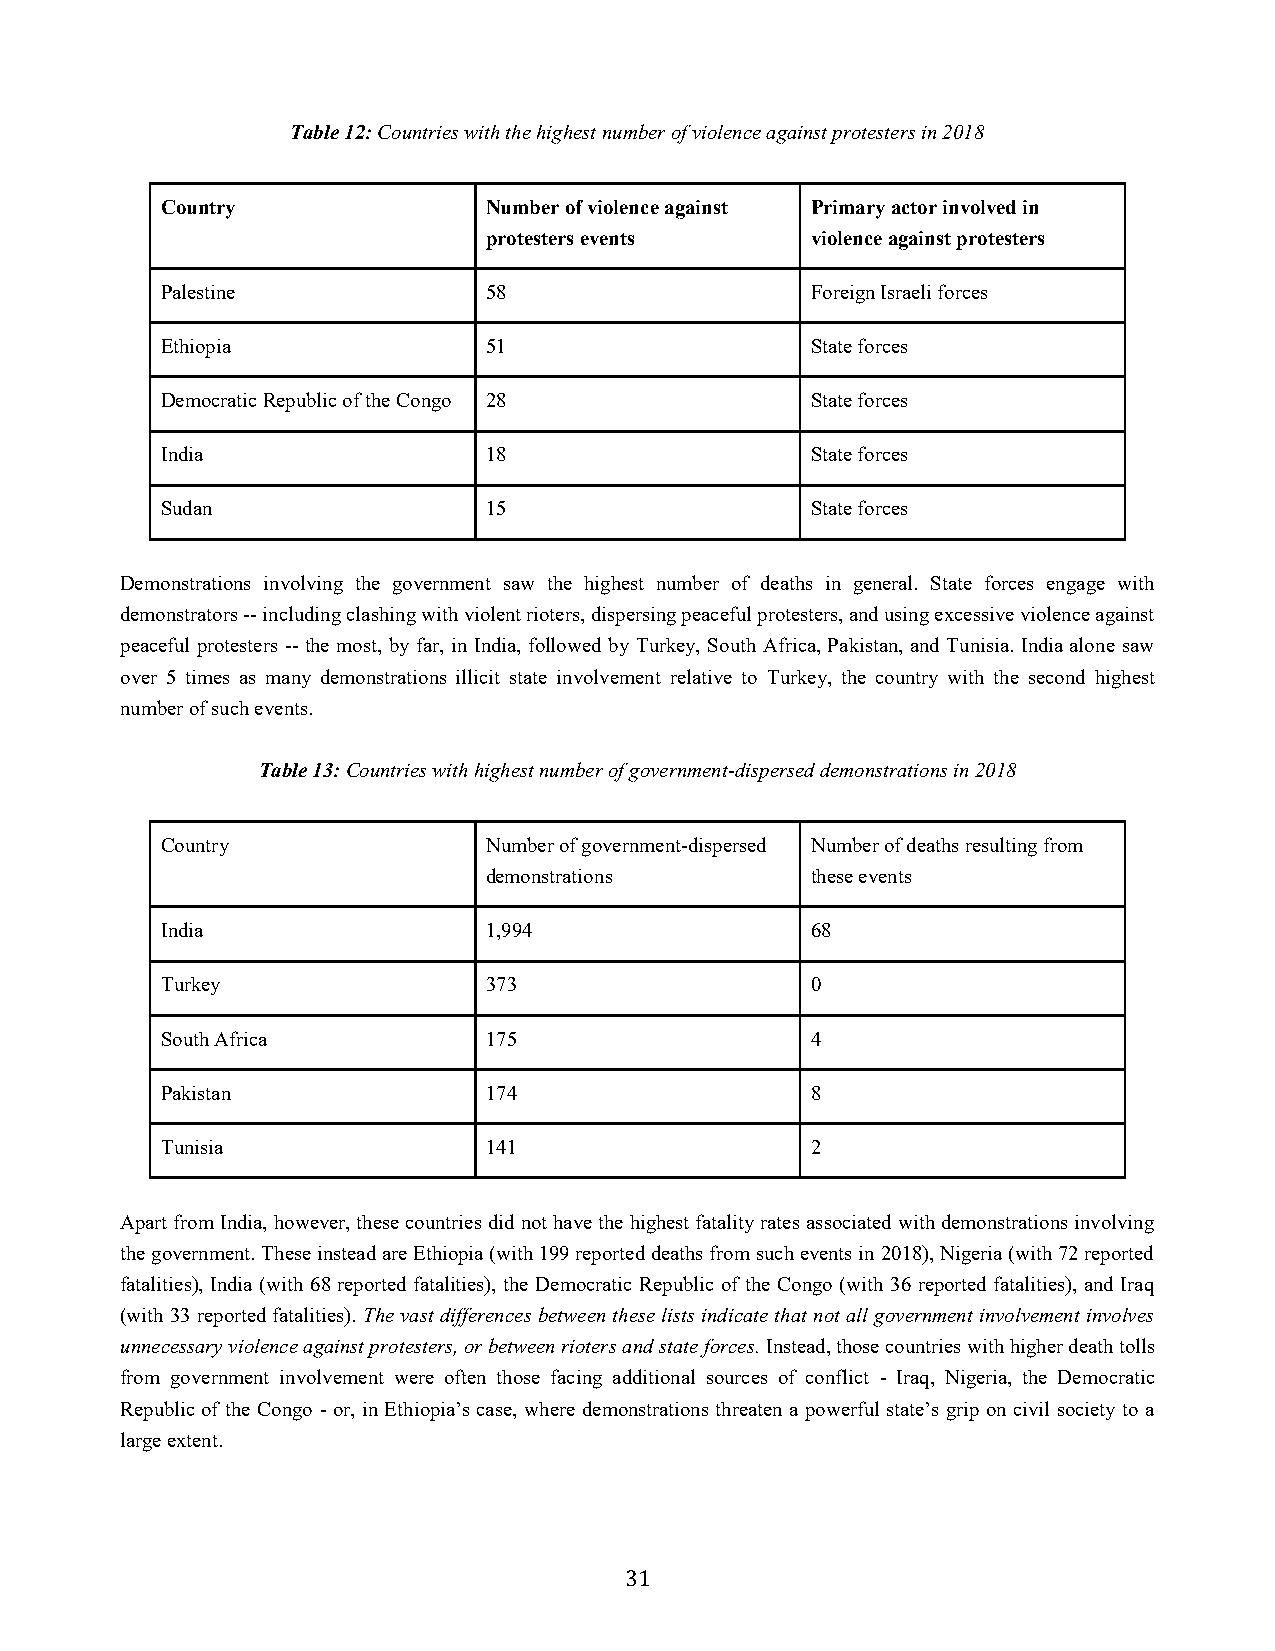
Table 12: Countries with the highest number of violence against protesters in 2018
 Country              Number of violence against Primary actor involved in
 protesters events     violence against protesters
 Palestine            58                    Foreign Israeli forces
 Ethiopia             51                    State forces
 Democratic Republic of the Congo 28        State forces
 India                18                    State forces
 Sudan                15                    State forces
 Demonstrations involving the government saw the highest number of deaths in general. State forces engage with
 demonstrators -- including clashing with violent rioters, dispersing peaceful protesters, and using excessive violence against
 peaceful protesters -- the most, by far, in India, followed by Turkey, South Africa, Pakistan, and Tunisia. India alone saw
 over 5 times as many demonstrations illicit state involvement relative to Turkey, the country with the second highest
 number of such events.
 Table 13: Countries with highest number of government-dispersed demonstrations in 2018
 Country              Number of government-dispersed Number of deaths resulting from
 demonstrations        these events
 India                1,994                 68
 Turkey               373                   0
 South Africa         175                   4
 Pakistan             174                   8
 Tunisia              141                   2
 Apart from India, however, these countries did not have the highest fatality rates associated with demonstrations involving
 the government. These instead are Ethiopia (with 199 reported deaths from such events in 2018), Nigeria (with 72 reported
 fatalities), India (with 68 reported fatalities), the Democratic Republic of the Congo (with 36 reported fatalities), and Iraq
 (with 33 reported fatalities). The vast differences between these lists indicate that not all government involvement involves
 unnecessary violence against protesters, or between rioters and state forces. Instead, those countries with higher death tolls
 from government involvement were often those facing additional sources of conflict - Iraq, Nigeria, the Democratic
 Republic of the Congo - or, in Ethiopia’s case, where demonstrations threaten a powerful state’s grip on civil society to a
 large extent.
 31